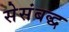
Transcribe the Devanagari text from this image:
सेसंबद्ध